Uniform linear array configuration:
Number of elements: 24
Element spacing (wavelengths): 1
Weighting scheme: binomial
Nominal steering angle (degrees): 30
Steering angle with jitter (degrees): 31.052
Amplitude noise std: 0.05
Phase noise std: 0.05

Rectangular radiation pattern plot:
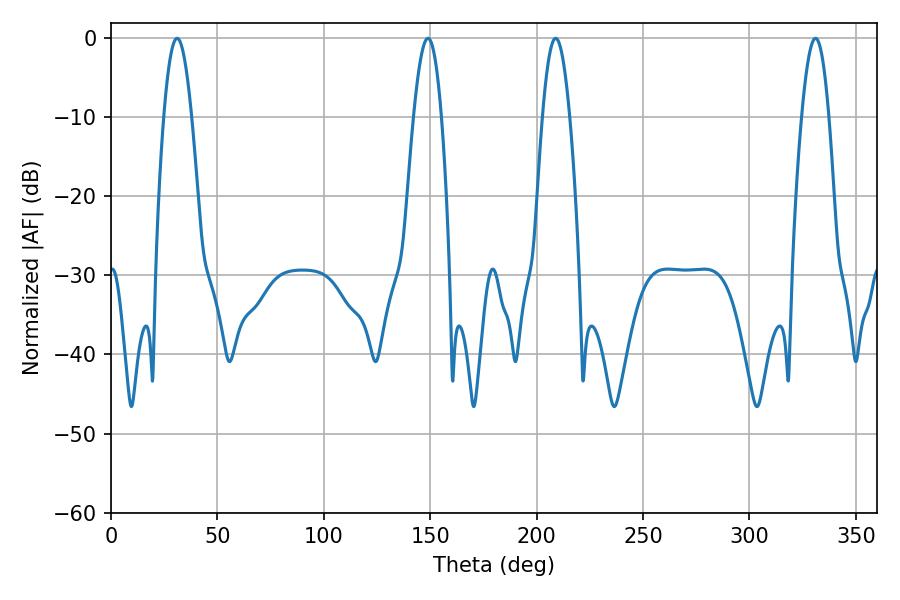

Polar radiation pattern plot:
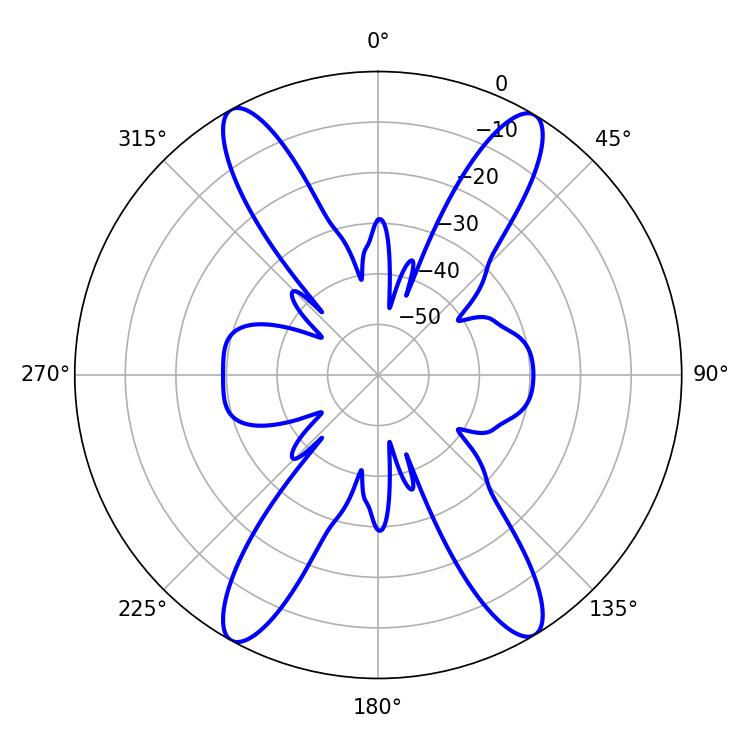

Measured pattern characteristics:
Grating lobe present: TRUE
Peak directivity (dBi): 22.287
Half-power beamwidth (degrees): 6.84
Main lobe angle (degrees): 208.98